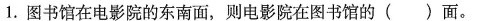
1.图书馆在电影院的东南面，则电影院在图书馆的()面。